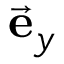
\vec { \mathbf { e } } _ { y }